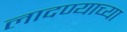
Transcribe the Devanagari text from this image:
लादण्याच्या